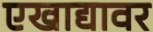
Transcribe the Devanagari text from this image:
एखाद्यावर